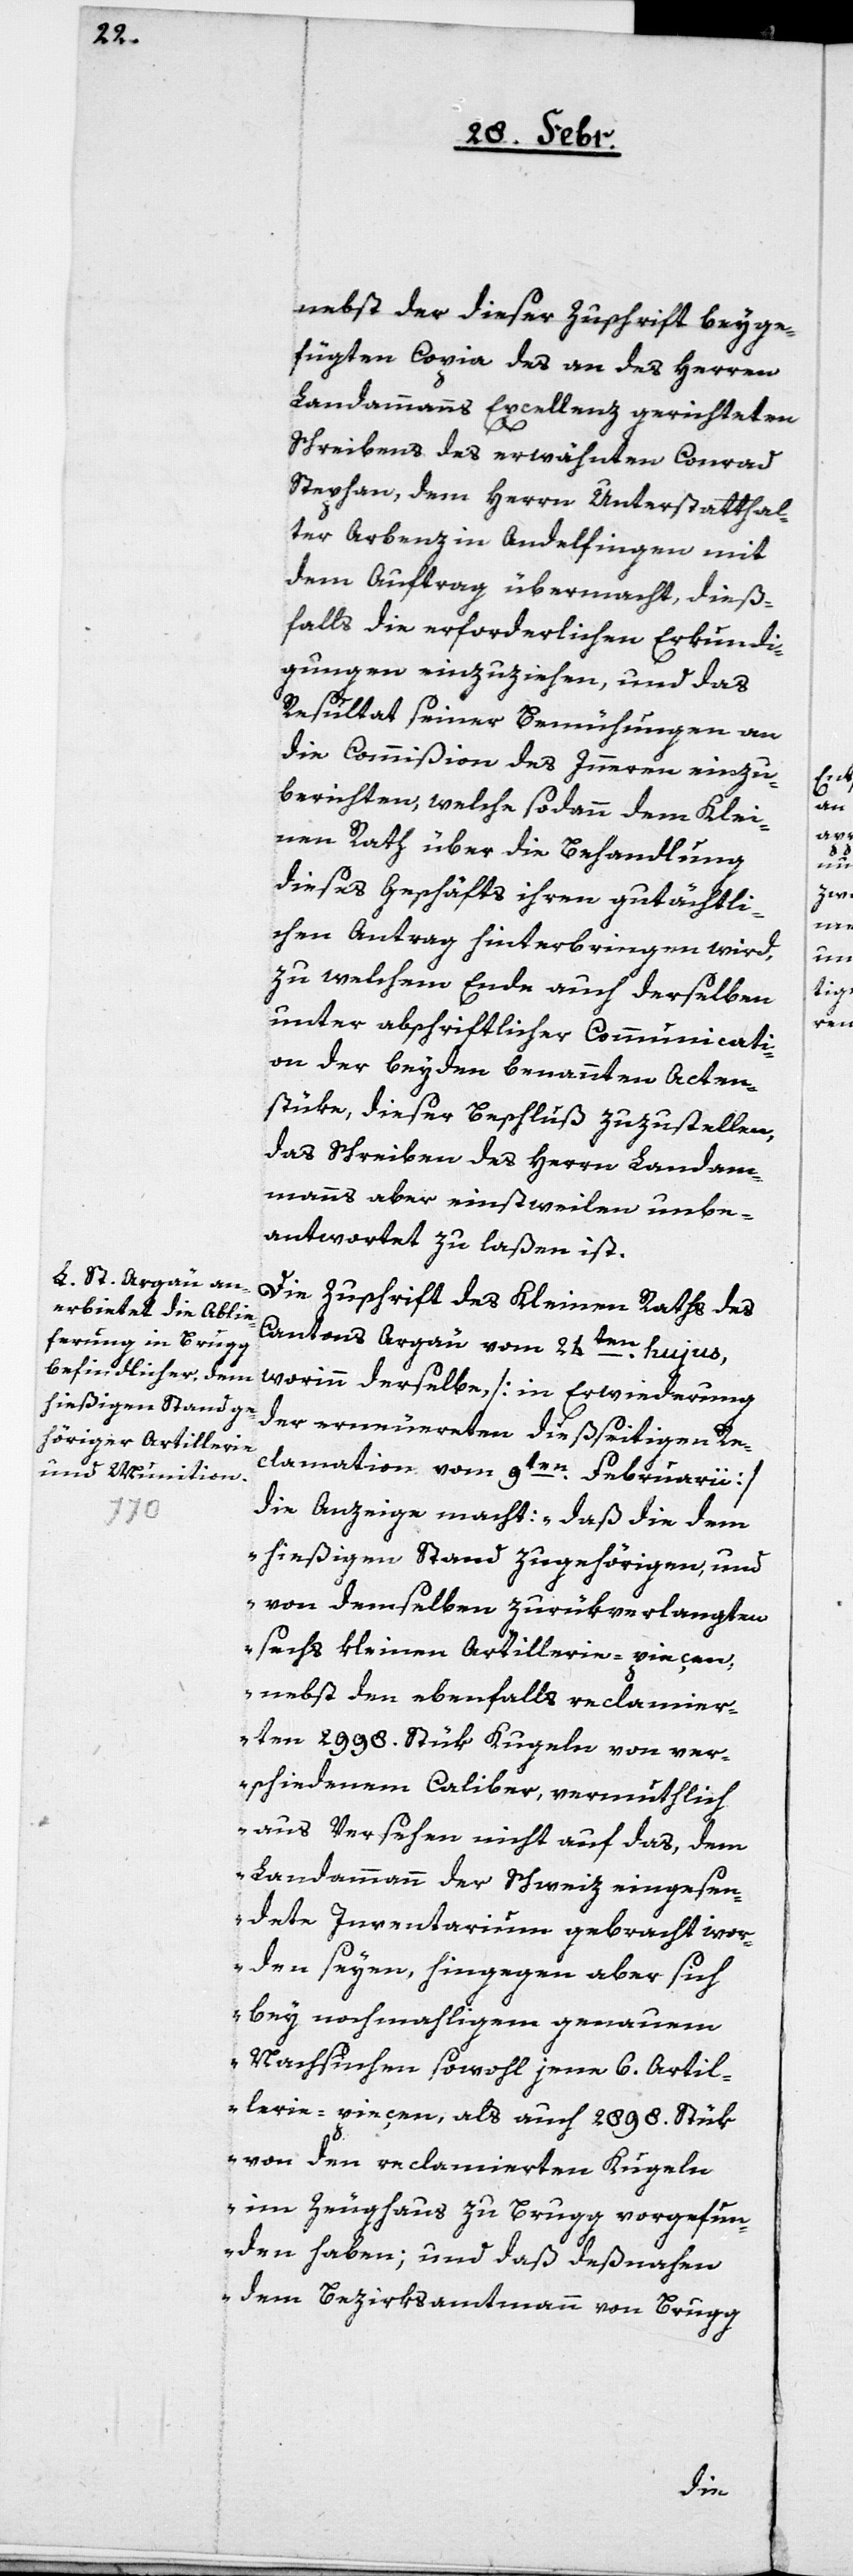
nebst der dieser Zuschrift beyge¬
fügten Copia des an des Herren
Landammanns Excellenz gerichteten
Schreibens des erwähnten Conrad
Stephan, dem Herrn Unterstatthal¬
ter Arbenz in Andelfingen mit
dem Auftrag übermacht, dieß¬
falls die erforderlichen Erkundi¬
gungen einzuziehen, und das
Resultat seiner Bemühungen an
die Commißion des Innern einzu¬
berichten, welche sodann dem Klei¬
nen Rath über die Behandlung
dieses Geschäfts ihren gutächtli¬
chen Antrag hinterbringen wird,
zu welchem Ende auch derselben
unter abschriftlicher Communicati¬
on der beyden benannten Acten¬
stüke, dieser Beschluß zuzustellen,
das Schreiben des Herrn Landam¬
manns aber einstweilen unbe¬
antwortet zu laßen ist.
Die Zuschrift des Kleinen Raths des
Kantons Argau vom 24ten hujus,
worin derselbe, [in Erwiderung
der erneuerten dießseitigen Re¬
clamation vom 9ten Februarii]
die Anzeige macht: „Daß die dem
hießigen Stand zugehörigen, und
von demselben zurükverlangten
sechs kleinen Artillerie-Pieçen,
nebst den ebenfalls reclamier¬
ten 2998. Stük Kugeln von ver¬
schiedenem Caliber, vermuthlich
aus Versehen nicht auf das, dem
Landammann der Schweiz eingesen¬
dete Inventarium gebracht wor¬
den seyen, hingegen aber sich
bey nochmahligem genauem
Nachsuchen sowohl jene 6. Artil¬
lerie-Pieçen als auch 2898. Stük
von den reclamierten Kugeln
im Zeughaus zu Brugg vorgefun¬
den haben; und daß deßnahen
dem Bezirksamtmann von Brugg